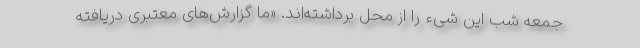
جمعه شب این شیء را از محل برداشته‌اند. «ما گزارش‌های معتبری دریافته